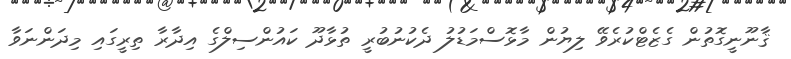
ޤާނޫނީގޮތުން ގެޒެޓްކުރެވޭ ލިޔުން މާޅޮސްމަޑުލު ދެކުނުބުރީ ތުޅާދޫ ކައުންސިލްގެ އިދާރާ ތިރީގައި މިދަންނަވާ